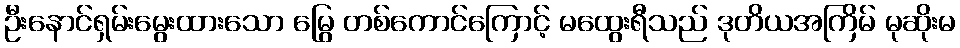
ဦးနောင်ရှမ်းမွေးထားသော မြွေ တစ်ကောင်ကြောင့် မထွေးရီသည် ဒုတိယအကြိမ် မုဆိုးမ